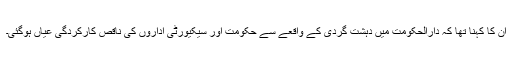
ان کا کہنا تھا کہ دارالحکومت میں دہشت گردی کے واقعے سے حکومت اور سیکیورٹی اداروں کی ناقص کارکردگی عیاں ہوگئی۔